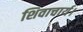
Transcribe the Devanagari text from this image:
शिवाचार्य।